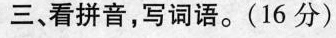
三、看拼音，写词语。(16分)